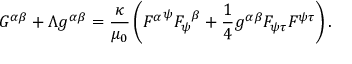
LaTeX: G ^ { \alpha \beta } + \Lambda g ^ { \alpha \beta } = { \frac { \kappa } { \mu _ { 0 } } } \left( { F ^ { \alpha } } ^ { \psi } { F _ { \psi } } ^ { \beta } + { \frac { 1 } { 4 } } g ^ { \alpha \beta } F _ { \psi \tau } F ^ { \psi \tau } \right) .